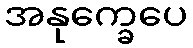
အနုက္ခေပေ